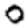
Digit: 0